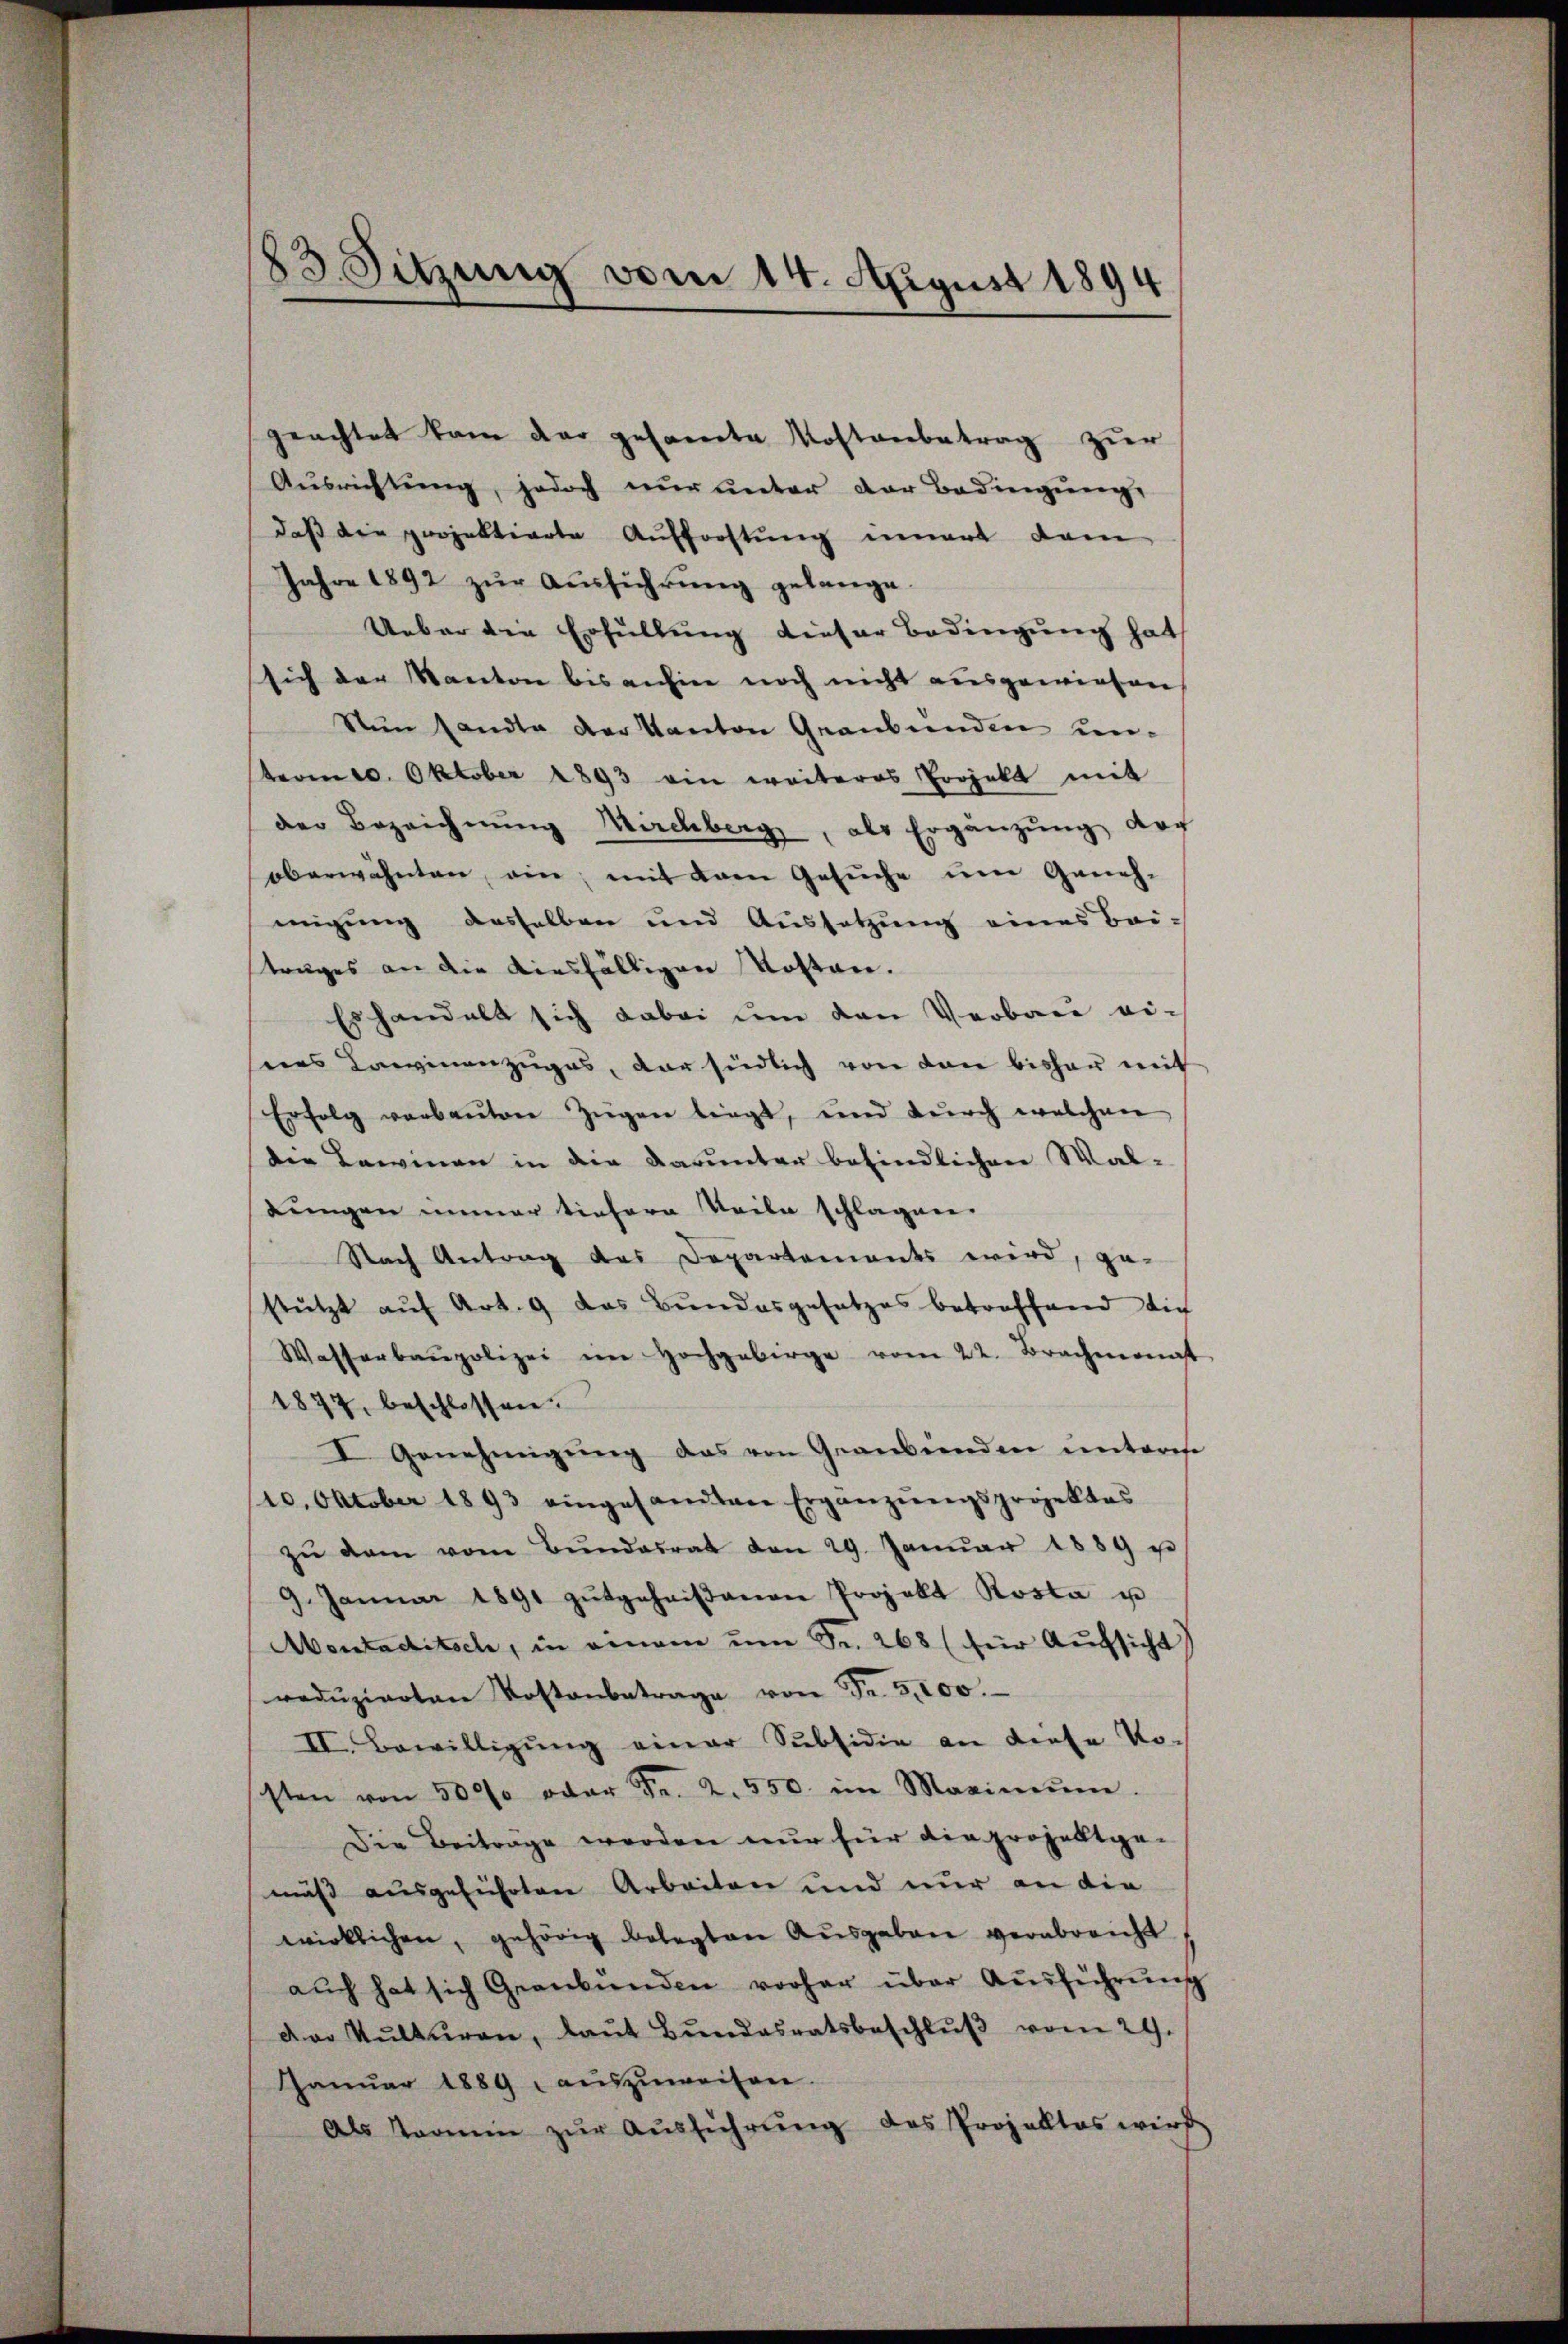
geachtet kam der gesamte Kostenbetrag zur
Aŭsrichtŭng, jedoch nŭr ŭnter der Bedingŭng
daß die projektierte Aufforstung innert dam
Jahre 1892 zŭr Aŭsführŭng gelange.
Ueber die Erfüllung dieser Bedingung hat
sich der Kanton bis anhin noch nicht ausgewiesen
Nun sandte der Kanton Graubünden unterm 20. Oktober 1893 ein weiteres Projekt mit
der Bezeichnŭng Mirchberg, als Ergänzŭng vor
oberwähnten, ein, mit dem Gesŭche ŭm Geneh-
migung desselben und Aussetzung eines Bei-
truges an die diesfälligen Kosten.
Es handelt sich dabei um den Verbau ei-
nes Kaminenzuges, der südlich von den bisher mit
Erfolg verbaŭten Zügen liegt, und durch welchen
die Lawinen in die darunter befindlichen Waldŭngen immer tiefern Teile schlagen.
Nach Antrag des Departements wird, ge-
stützt auf Art. 9 das Bundesgesetzes betroffend die
Wasserbaupolizei im Hochgebirge vom 22. Brachmannt
1877, beschlossen.
I Genehmigŭng das von Graubünden unterese
10. Oktober 1893 eingesamten Ergänzŭngsprojektes
zŭ dem vom Bŭndesrat den 29. Janŭar 1889 p
9. Januar 1891 zŭtgeheißenen Projekt Rosta u
Abentaditsch, in einem um Fr. 268 (für Aufsicht)
redŭzierten Kostenbetrage von Fr. 5,000.
II. Bewilligŭng einer Subsidie an diese Po-
sten von 3000 oder Fr. 2. 550. im Maximŭm
Die Beiträge werden nur für die projektge-
mäß ausgeführten Arbeiten und nur an die
wirklichen, gehörig belegten Aŭsgaben verabreicht
aŭch hat sich Graubünden vorher über Aŭsführŭng
dor Kulturen, laŭt Bŭndesratsbeschlŭβ vom 29.
Janŭar 1889 aŭszŭweisen.
Als Termin zŭr Aŭsführung des Projektes wird

83. Sitzung vom 14. Apgust 1894